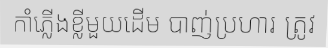
កាំភ្លើងខ្លីមួយដើម បាញ់ប្រហារ ត្រូវ